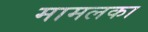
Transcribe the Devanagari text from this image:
मामलका